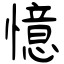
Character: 憶